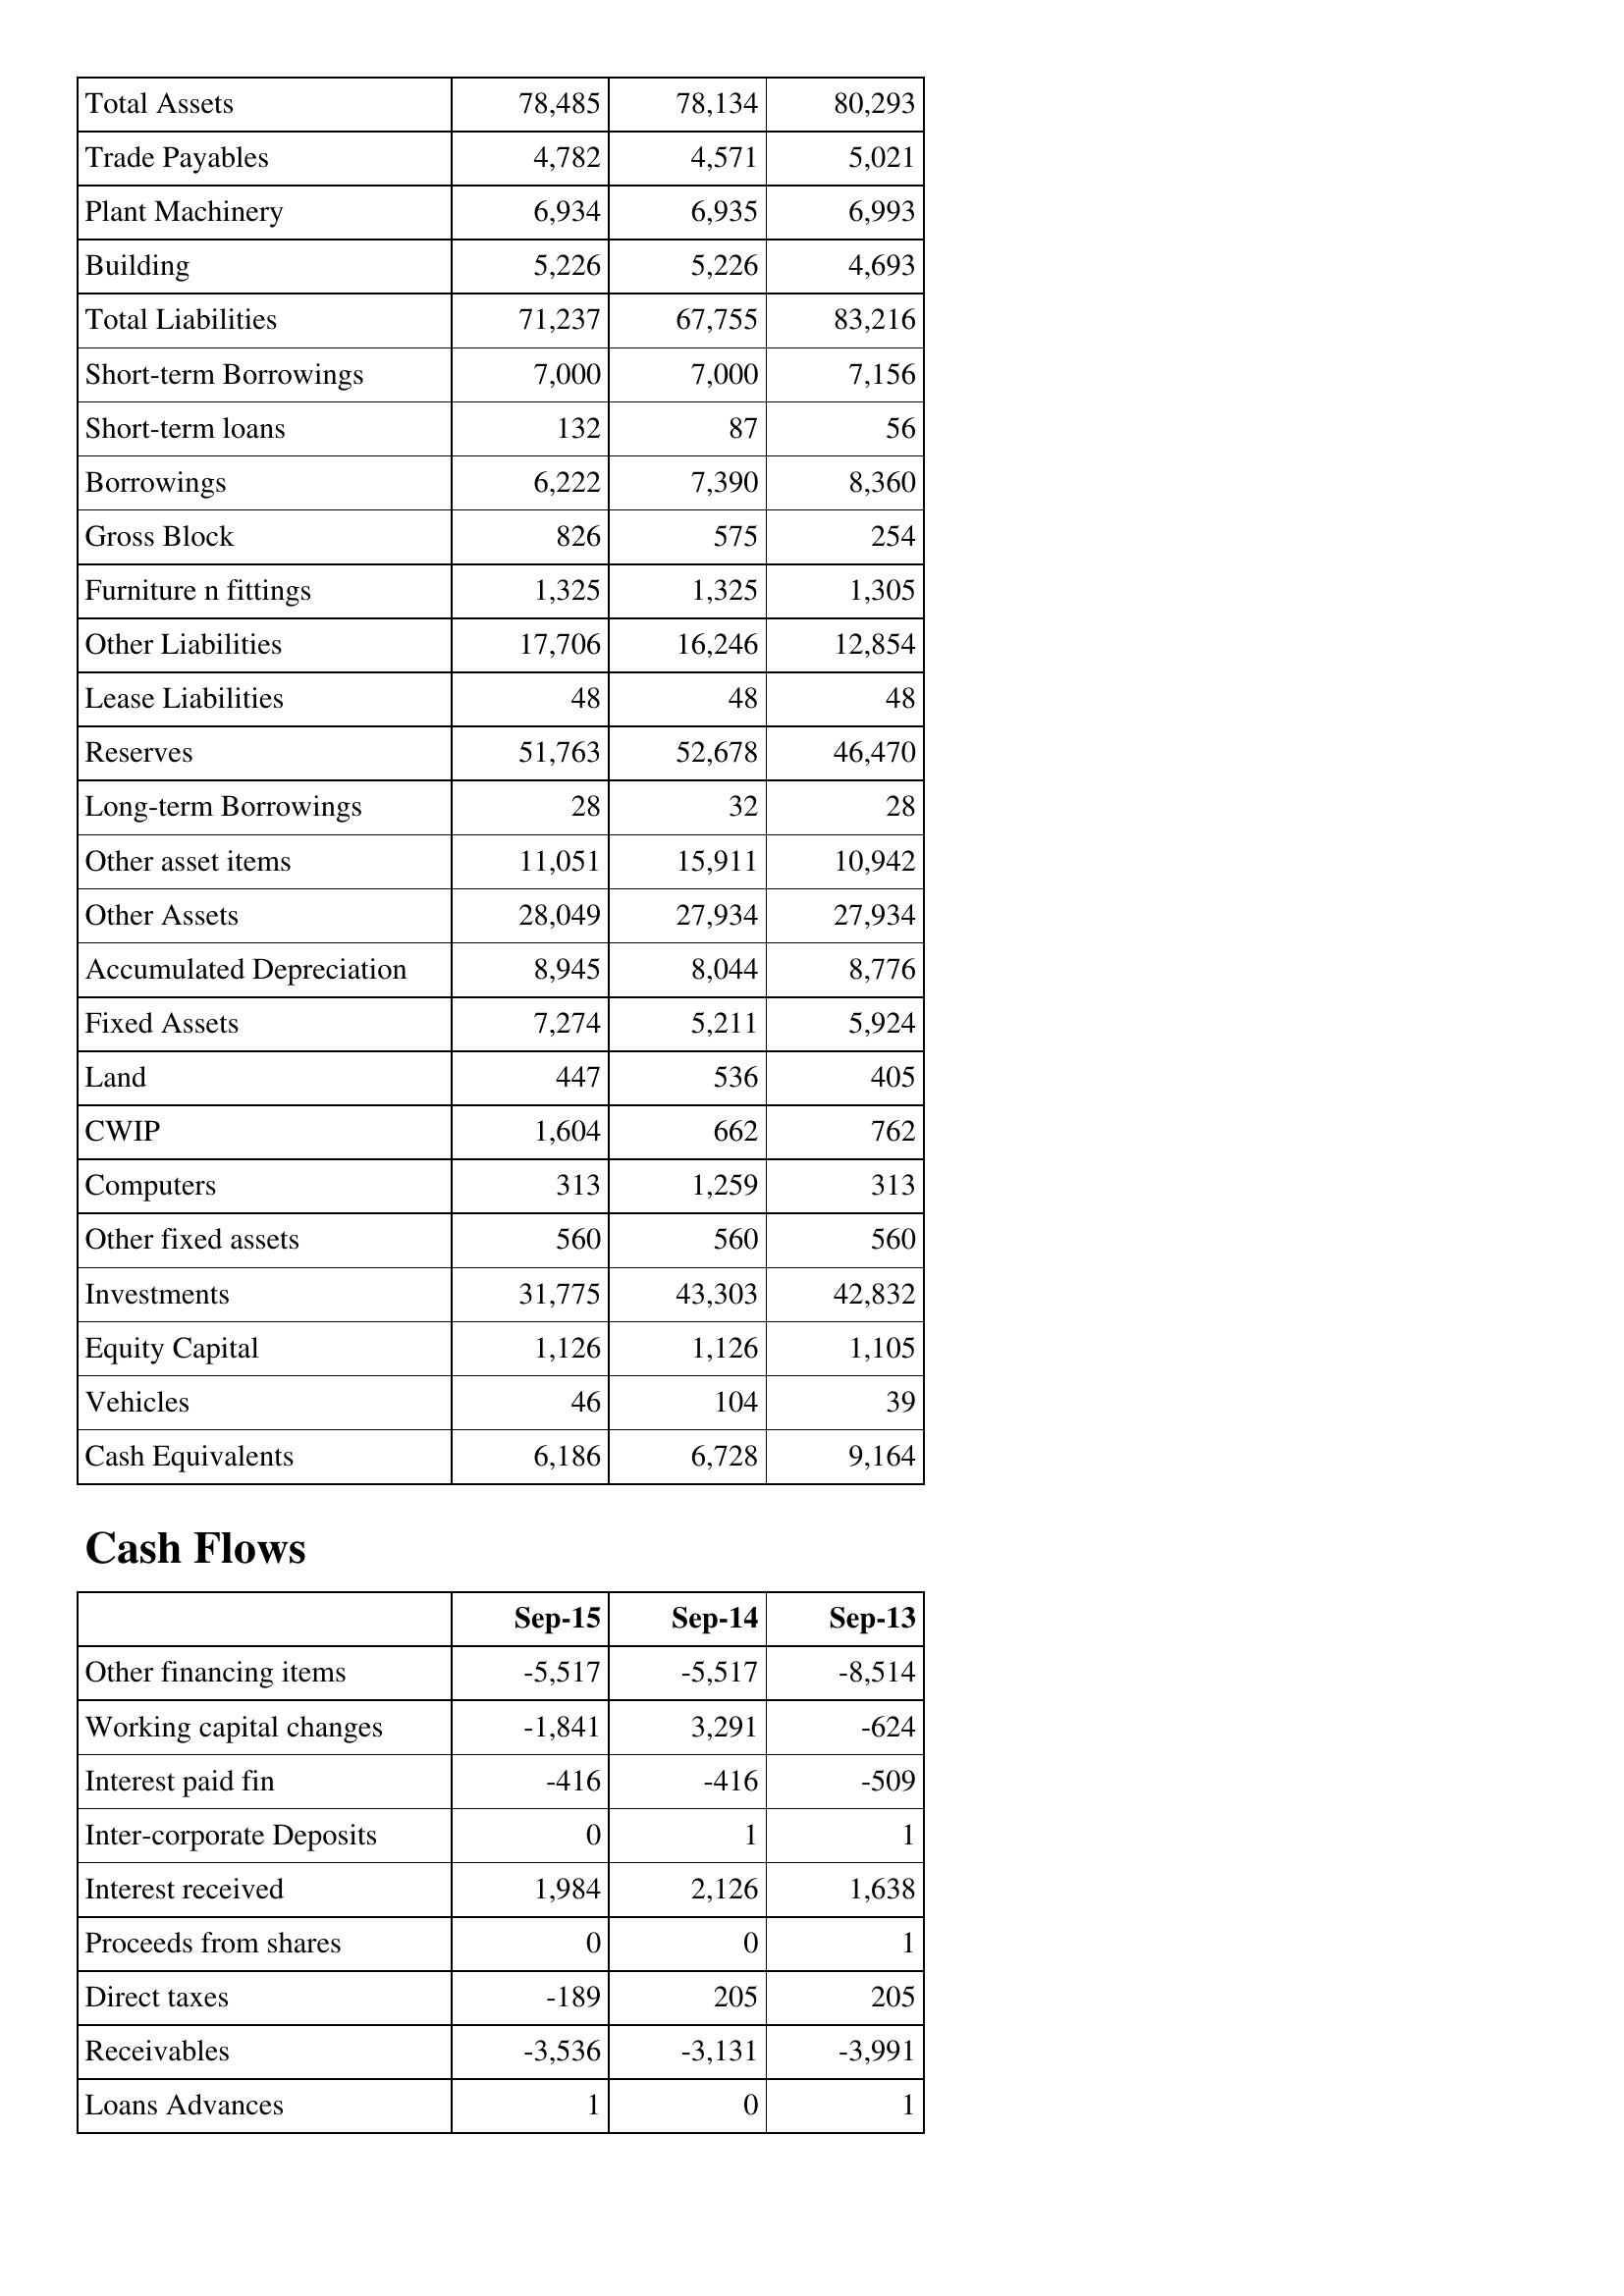
Sep-15: Balance Sheet: Total Assets: 78,485
Trade Payables: 4,782
Plant Machinery: 6,934
Building: 5,226
Total Liabilities: 71,237
Short-term Borrowings: 7,000
Short-term loans: 132
Borrowings: 6,222
Gross Block: 826
Furniture n fittings: 1,325
Other Liabilities: 17,706
Lease Liabilities: 48
Reserves: 51,763
Long-term Borrowings: 28
Other asset items: 11,051
Other Assets: 28,049
Accumulated Depreciation: 8,945
Fixed Assets: 7,274
Land: 447
CWIP: 1,604
Computers: 313
Other fixed assets: 560
Investments: 31,775
Equity Capital: 1,126
Vehicles: 46
Cash Equivalents: 6,186
Cash Flows: Other financing items: -5,517
Working capital changes: -1,841
Interest paid fin: -416
Inter-corporate Deposits: 0
Interest received: 1,984
Proceeds from shares: 0
Direct taxes: -189
Receivables: -3,536
Loans Advances: 1
Sep-14: Balance Sheet: Total Assets: 78,134
Trade Payables: 4,571
Plant Machinery: 6,935
Building: 5,226
Total Liabilities: 67,755
Short-term Borrowings: 7,000
Short-term loans: 87
Borrowings: 7,390
Gross Block: 575
Furniture n fittings: 1,325
Other Liabilities: 16,246
Lease Liabilities: 48
Reserves: 52,678
Long-term Borrowings: 32
Other asset items: 15,911
Other Assets: 27,934
Accumulated Depreciation: 8,044
Fixed Assets: 5,211
Land: 536
CWIP: 662
Computers: 1,259
Other fixed assets: 560
Investments: 43,303
Equity Capital: 1,126
Vehicles: 104
Cash Equivalents: 6,728
Cash Flows: Other financing items: -5,517
Working capital changes: 3,291
Interest paid fin: -416
Inter-corporate Deposits: 1
Interest received: 2,126
Proceeds from shares: 0
Direct taxes: 205
Receivables: -3,131
Loans Advances: 0
Sep-13: Balance Sheet: Total Assets: 80,293
Trade Payables: 5,021
Plant Machinery: 6,993
Building: 4,693
Total Liabilities: 83,216
Short-term Borrowings: 7,156
Short-term loans: 56
Borrowings: 8,360
Gross Block: 254
Furniture n fittings: 1,305
Other Liabilities: 12,854
Lease Liabilities: 48
Reserves: 46,470
Long-term Borrowings: 28
Other asset items: 10,942
Other Assets: 27,934
Accumulated Depreciation: 8,776
Fixed Assets: 5,924
Land: 405
CWIP: 762
Computers: 313
Other fixed assets: 560
Investments: 42,832
Equity Capital: 1,105
Vehicles: 39
Cash Equivalents: 9,164
Cash Flows: Other financing items: -8,514
Working capital changes: -624
Interest paid fin: -509
Inter-corporate Deposits: 1
Interest received: 1,638
Proceeds from shares: 1
Direct taxes: 205
Receivables: -3,991
Loans Advances: 1